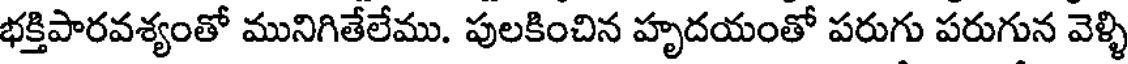
భక్తిపారవశ్యంతో మునిగితేలేము. పులకించిన హృదయంతో పరుగు పరుగున వెళ్ళి